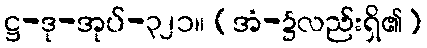
ဋ္ဌ-ဒု-အုပ်-၃၂၁။ (အံ-၌လည်းရှိ၏)